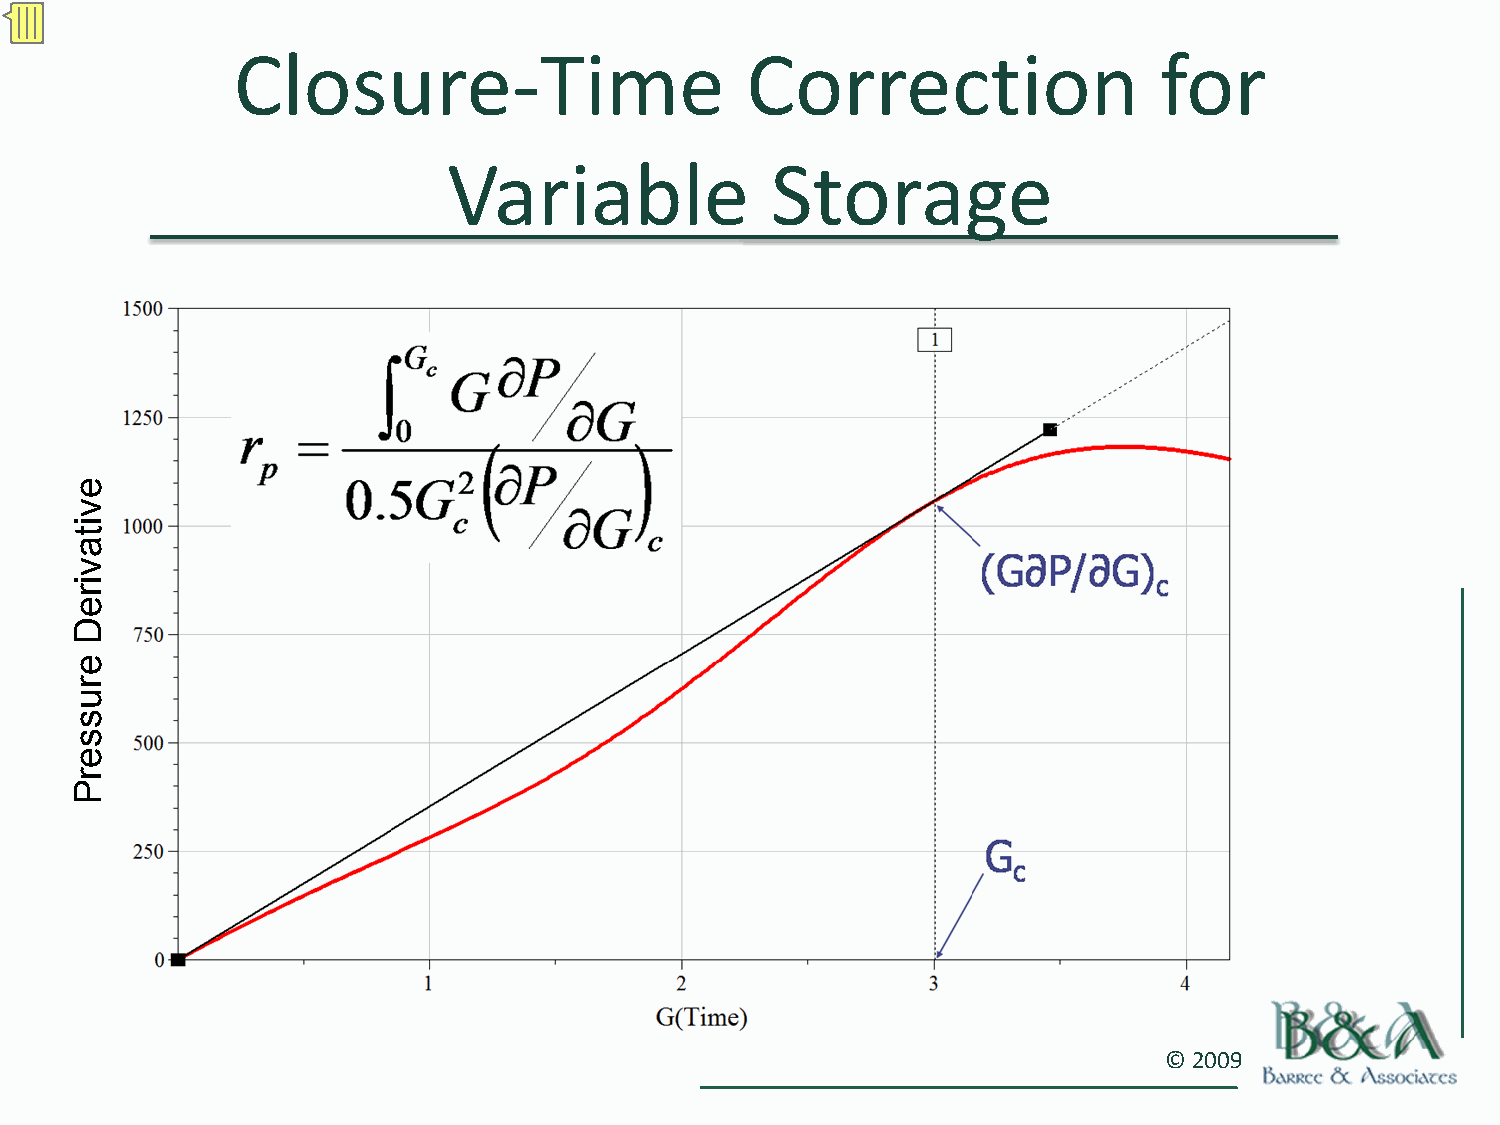
Closure‐Time                      Correction                  for
 Variable             Storage
 © 2009
 evitavireD
 erusserP